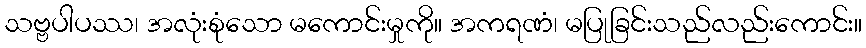
သဗ္ဗပါပဿ၊ အလုံးစုံသော မကောင်းမှုကို။ အကရဏံ၊ မပြုခြင်းသည်လည်းကောင်း။